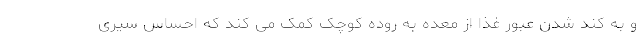
و به کند شدن عبور غذا از معده به روده کوچک کمک می کند که احساس سیری